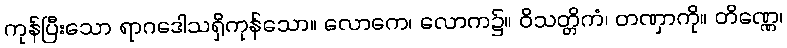
ကုန်ပြီးသော ရာဂဒေါသရှိကုန်သော။ လောကေ၊ လောက၌။ ဝိသတ္တိကံ၊ တဏှာကို။ တိဏ္ဏေ၊